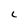
Character: L